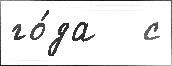
го́да   с